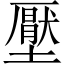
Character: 壓